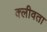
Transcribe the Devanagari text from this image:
क्लीवता